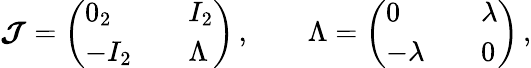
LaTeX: \begin{array}{r}{\boldsymbol{{\mathcal{J}}}=\left(\begin{array}{lll}{0_{2}}&{}&{I_{2}}\\ {-I_{2}}&{}&{\Lambda}\end{array}\right)\, ,\qquad\Lambda=\left(\begin{array}{lll}{0}&{}&{\lambda}\\ {-\lambda}&{}&{0}\end{array}\right)\, ,}\end{array}